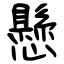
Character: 懸